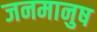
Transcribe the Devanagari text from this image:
जनमानुष